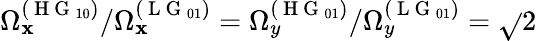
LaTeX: \Omega_{\mathbf{x}}^{(\mathrm{{~H~G~}}_{10})}/\Omega_{\mathbf{x}}^{(\mathrm{{~L~G~}}_{01})}=\Omega_{y}^{(\mathrm{{~H~G~}}_{01})}/\Omega_{y}^{(\mathrm{{~L~G~}}_{01})}=\sqrt{}{{2}}